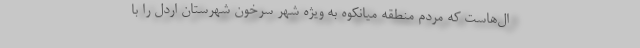
ال‌هاست که مردم منطقه میانکوه به ویژه شهر سرخون شهرستان اردل را با